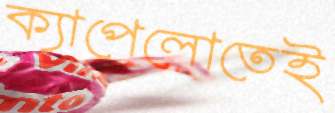
ক্যাপেলোতেই